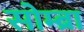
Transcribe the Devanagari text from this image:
सोम्ब्रा